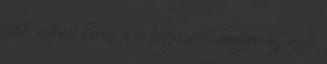
csak ritkán kerül le a fogasról, legyen ez egy